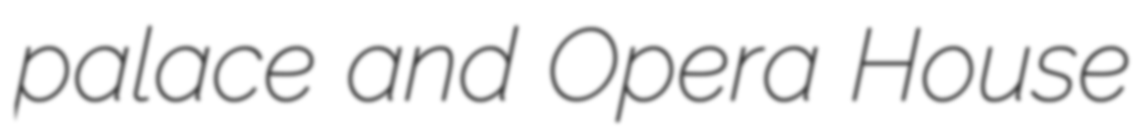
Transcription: palace and Opera House